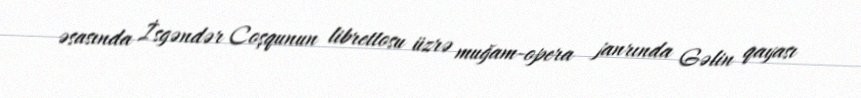
əsasında İsgəndər Coşqunun librettosu üzrə muğam-opera janrında Gəlin qayası